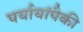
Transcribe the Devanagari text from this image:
पर्यायांपैकी